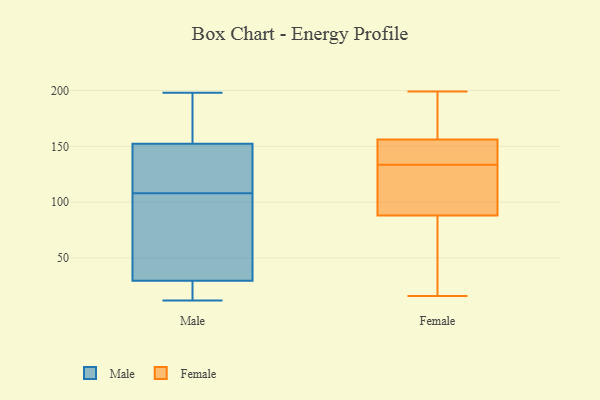
{"axis": {"x": "Revenue (USD Million)", "y": "Value"}, "legend": ["Female", "Male"], "data": [{"x": "", "y": 35, "type": "Male"}, {"x": "", "y": 12, "type": "Male"}, {"x": "", "y": 198, "type": "Male"}, {"x": "", "y": 189, "type": "Male"}, {"x": "", "y": 22, "type": "Male"}, {"x": "", "y": 153, "type": "Male"}, {"x": "", "y": 70, "type": "Male"}, {"x": "", "y": 17, "type": "Male"}, {"x": "", "y": 149, "type": "Male"}, {"x": "", "y": 34, "type": "Male"}, {"x": "", "y": 31, "type": "Male"}, {"x": "", "y": 134, "type": "Male"}, {"x": "", "y": 131, "type": "Male"}, {"x": "", "y": 108, "type": "Male"}, {"x": "", "y": 29, "type": "Male"}, {"x": "", "y": 150, "type": "Male"}, {"x": "", "y": 161, "type": "Male"}, {"x": "", "y": 12, "type": "Male"}, {"x": "", "y": 183, "type": "Male"}, {"x": "", "y": 16, "type": "Female"}, {"x": "", "y": 70, "type": "Female"}, {"x": "", "y": 88, "type": "Female"}, {"x": "", "y": 199, "type": "Female"}, {"x": "", "y": 122, "type": "Female"}, {"x": "", "y": 151, "type": "Female"}, {"x": "", "y": 199, "type": "Female"}, {"x": "", "y": 127, "type": "Female"}, {"x": "", "y": 34, "type": "Female"}, {"x": "", "y": 156, "type": "Female"}, {"x": "", "y": 92, "type": "Female"}, {"x": "", "y": 175, "type": "Female"}, {"x": "", "y": 156, "type": "Female"}, {"x": "", "y": 140, "type": "Female"}]}